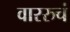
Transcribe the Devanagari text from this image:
वाररुचं